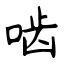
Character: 啮